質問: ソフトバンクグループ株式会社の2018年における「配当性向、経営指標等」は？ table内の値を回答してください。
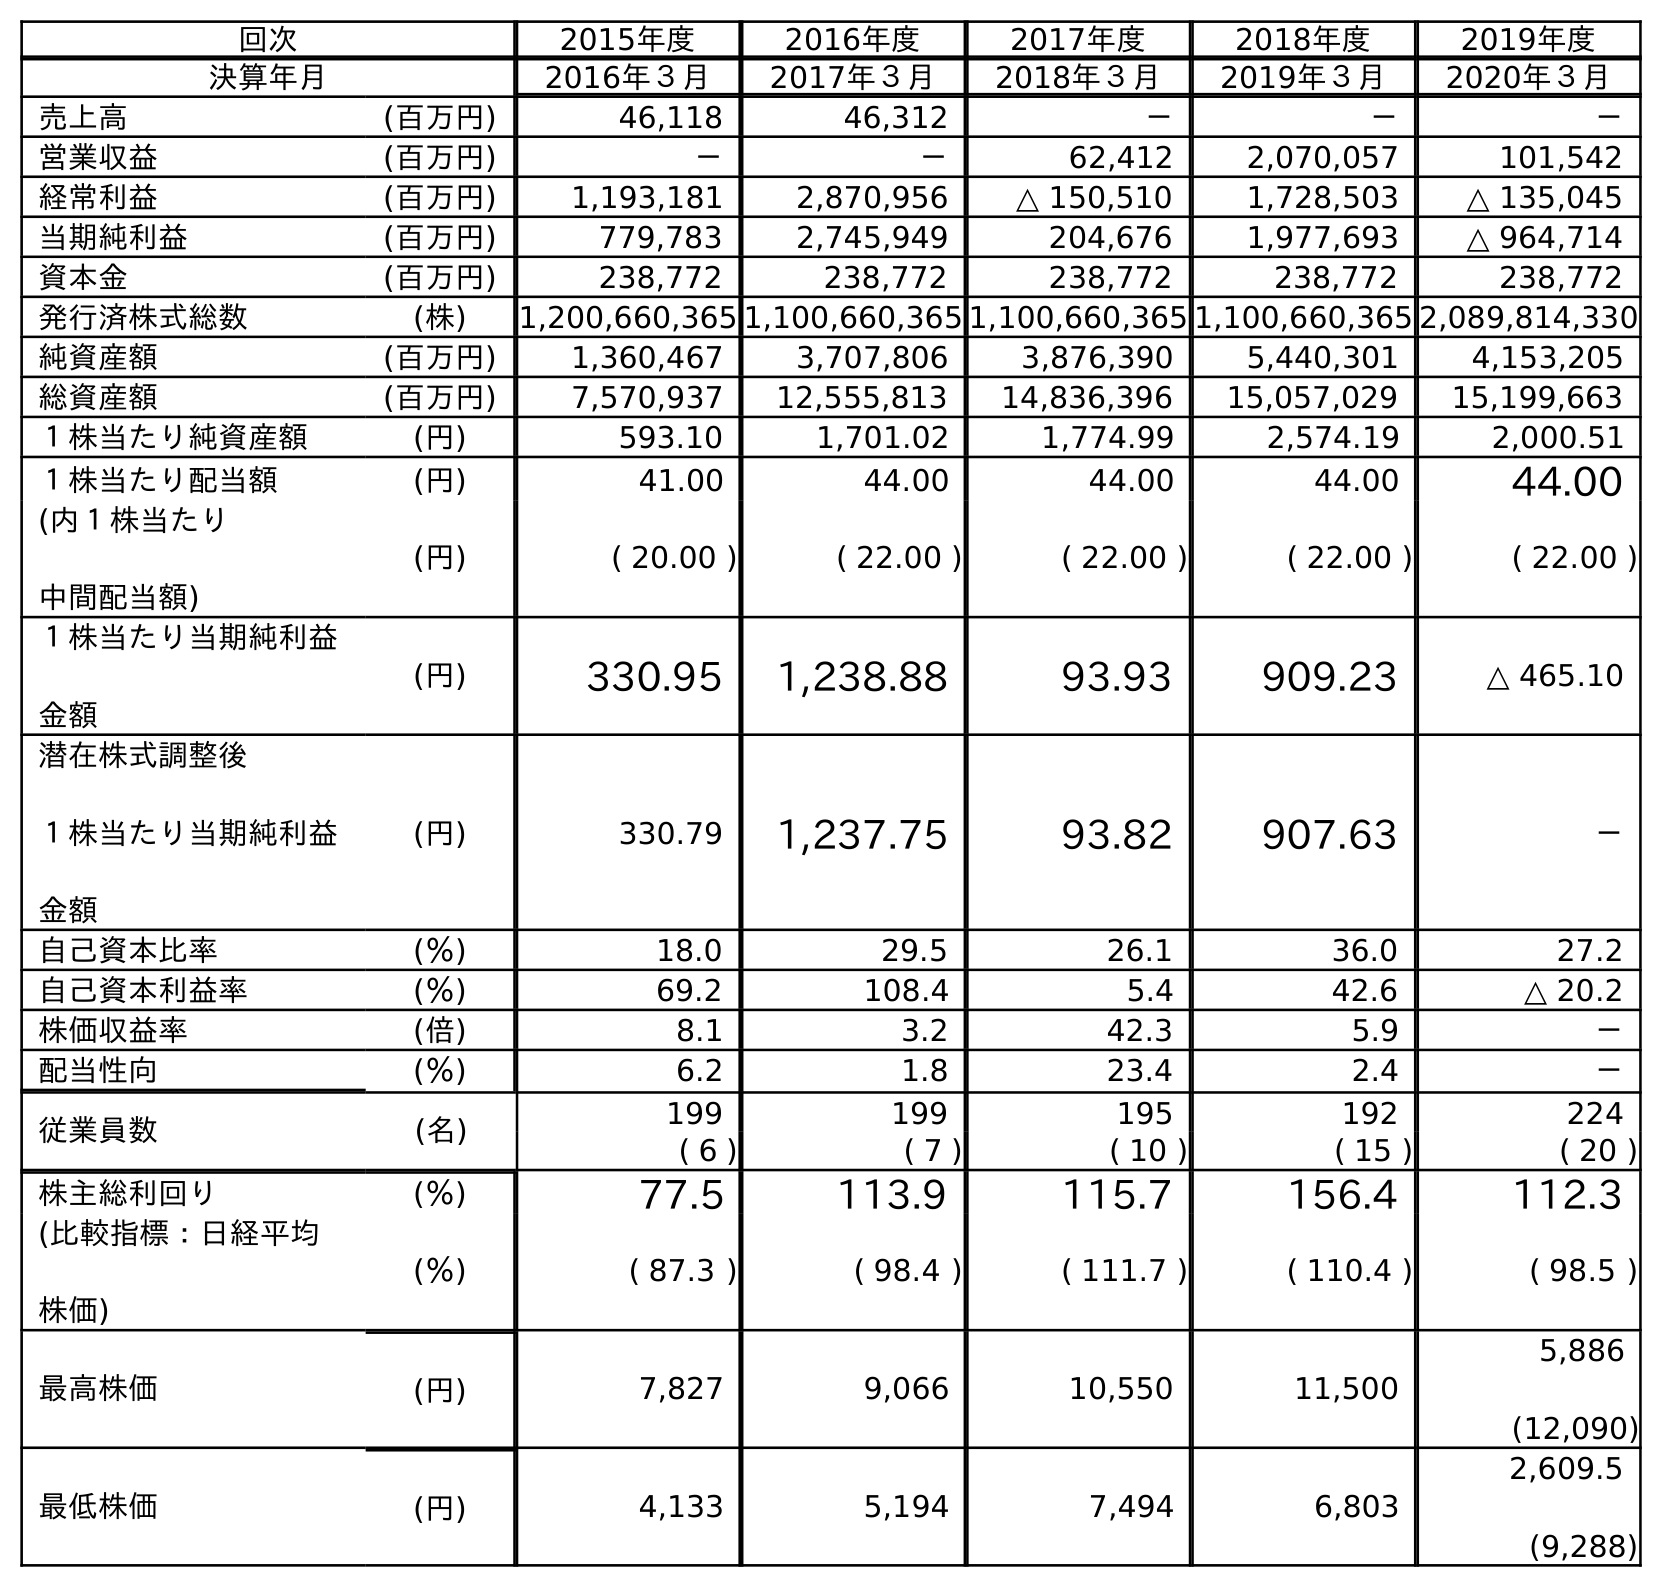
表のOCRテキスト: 回次 2015年度 2016年度 2017年度 2018年度 2019年度 決算年月 2016年３月 2017年３月 2018年３月 2019年３月 2020年３月 売上高 (百万円) 46,118 46,312 － － － 営業収益 (百万円) － － 62,412 2,070,057 101,542 経常利益 (百万円) 1,193,181 2,870,956 △ 150,510 1,728,503 △ 135,045 当期純利益 (百万円) 779,783 2,745,949 204,676 1,977,693 △ 964,714 資本金 (百万円) 238,772 238,772 238,772 238,772 238,772 発行済株式総数 (株) 1,200,660,365 1,100,660,365 1,100,660,365 1,100,660,365 2,089,814,330 純資産額 (百万円) 1,360,467 3,707,806 3,876,390 5,440,301 4,153,205 総資産額 (百万円) 7,570,937 12,555,813 14,836,396 15,057,029 15,199,663 １株当たり純資産額 (円) 593.10 1,701.02 1,774.99 2,574.19 2,000.51 １株当たり配当額 (円) 41.00 44.00 44.00 44.00 44.00 (内１株当たり 中間配当額) (円) ( 20.00 ) ( 22.00 ) ( 22.00 ) ( 22.00 ) ( 22.00 ) １株当たり当期純利益 金額 (円) 330.95 1,238.88 93.93 909.23 △ 465.10 潜在株式調整後 １株当たり当期純利益 金額 (円) 330.79 1,237.75 93.82 907.63 － 自己資本比率 (％) 18.0 29.5 26.1 36.0 27.2 自己資本利益率 (％) 69.2 108.4 5.4 42.6 △ 20.2 株価収益率 (倍) 8.1 3.2 42.3 5.9 － 配当性向 (％) 6.2 1.8 23.4 2.4 － 従業員数 (名) 199 199 195 192 224 ( 6 ) ( 7 ) ( 10 ) ( 15 ) ( 20 ) 株主総利回り (％) 77.5 113.9 115.7 156.4 112.3 (比較指標：日経平均 株価) (％) ( 87.3 ) ( 98.4 ) ( 111.7 ) ( 110.4 ) ( 98.5 ) 最高株価 (円) 7,827 9,066 10,550 11,500 5,886 (12,090) 最低株価 (円) 4,133 5,194 7,494 6,803 2,609.5 (9,288)
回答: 23.4